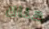
هناك